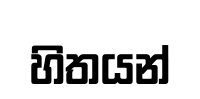
හිතයන්